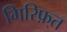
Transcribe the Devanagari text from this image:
गिरिफ़्त